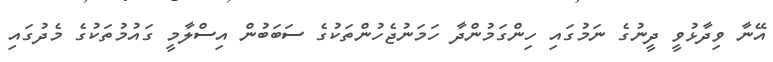
އޭނާ ވިދާޅުވީ ދީނުގެ ނަމުގައި ހިންގަމުންދާ ހަމަނުޖެހުންތަކުގެ ސަބަބުން އިސްލާމީ ގައުމުތަކުގެ މެދުގައި